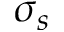
\sigma _ { s }